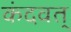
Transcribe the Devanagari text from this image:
कंदवत्‌